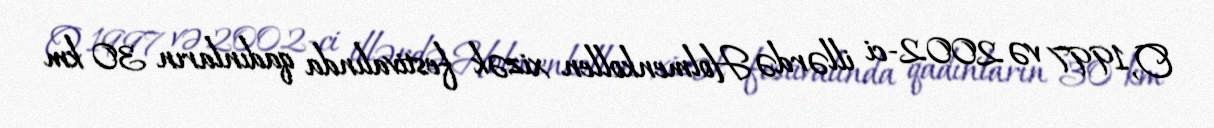
O, 1997 və 2002-ci illərdə Holmenkollen xizək festivalında qadınların 30 km